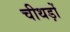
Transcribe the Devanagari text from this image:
चीथड़ों